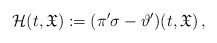
\begin{align*} \mathcal{H}(t,\mathfrak{X}):= (\pi'\sigma -\vartheta')(t,\mathfrak{X})\,,\end{align*}